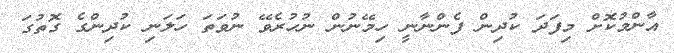
އާންމުކޮށް މިފަދަ ކުދިން ފެންނާނީ ހިމޭނުން ނުހުރެވޭ ނުވަތަ ހަލަނި ކުދިންގެ ގޮތުގަ